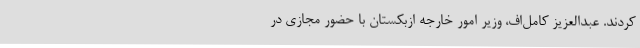
کردند. عبدالعزیز کامل‌اف، وزیر امور خارجه ازبکستان با حضور مجازی در